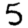
Digit: 5